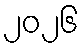
၂၀၂၆